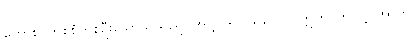
ကောစိ၊ တစ်စုံတစ်ဦးသောသူသည်။ အတ္ထိ၊ ရှိပါသလော။ ဣတိ၊ ဤသို့။ အာဟ၊